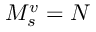
M _ { s } ^ { v } = N